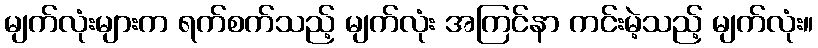
မျက်လုံးများက ရက်စက်သည့် မျက်လုံး အကြင်နာ ကင်းမဲ့သည့် မျက်လုံး။